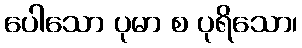
ပေါသော ပုမာ စ ပုရိသော၊